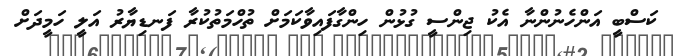
ކަސްބީ އަންހެނުންނާ އެކު ޖިންސީ ގުޅުން ހިންގާފައިވާކަމަށް ތުހްމަތުކުރާ ފަނޑިޔާރު އަލީ ހަމީދަށް